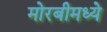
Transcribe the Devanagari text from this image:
मोरबीमध्ये